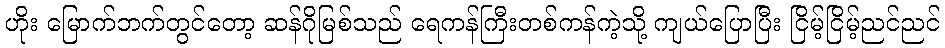
ဟိုး မြောက်ဘက်တွင်တော့ ဆန်ဂိုမြစ်သည် ရေကန်ကြီးတစ်ကန်ကဲ့သို့ ကျယ်ပြောပြီး ငြိမ့်ငြိမ့်ညင်ညင်